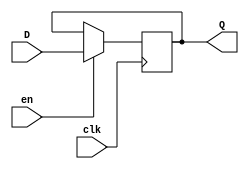
`timescale 1ns / 1ps
module D_FF(clk,en,D,Q);
input clk,en;
input [3:0]D;
output reg [3:0]Q;
always@(posedge clk)
begin
	if(en==1)
		Q<=D;
end
endmodule